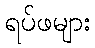
ရပ်ဖများ